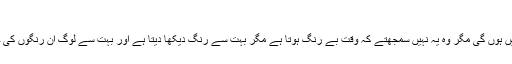
اس ملک کے لوگوں کو شاید یہ گمان ہمیشہ رہے
گا کہ اس ملک کی بھاگ ڈور چند ہی لوگو ں کے ہاتھ میں ہوں گی مگر وہ یہ نہیں سمجھتے کہ وقت بے رنگ ہوتا ہے مگر بہت سے رنگ دیکھا دیتا ہے اور بہت سے لوگ ان رنگوں کی چمک دمک برداشت کر نہیں سکتے یا کرنا نہیں چاہتے۔